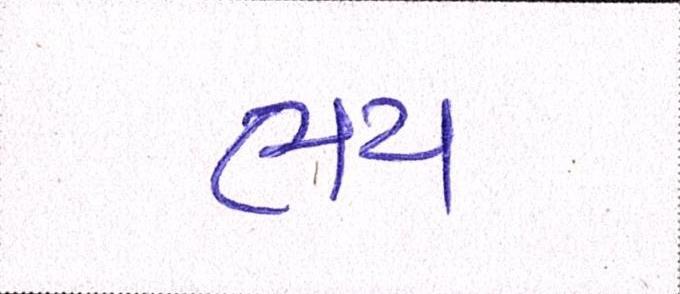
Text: ભય